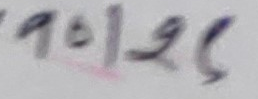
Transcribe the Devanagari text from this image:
१९।२६